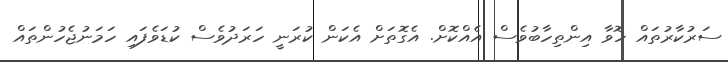
ސަރުކާރުތައް ހޮވާ އިންތިހާބުވެސް އެއްކޮށް. އެގޮތަށް އެކަން ކުރަނީ ހަރަދުވެސް ކުޑަވެފައި ހަމަނުޖެހުންތައް